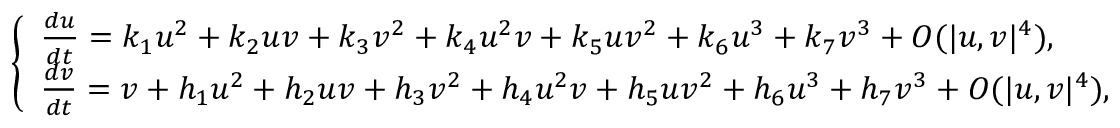
\left\{ \begin{array} { l l } { \frac { d u } { d t } = k _ { 1 } u ^ { 2 } + k _ { 2 } u v + k _ { 3 } v ^ { 2 } + k _ { 4 } u ^ { 2 } v + k _ { 5 } u v ^ { 2 } + k _ { 6 } u ^ { 3 } + k _ { 7 } v ^ { 3 } + O ( { | u , v | ^ { 4 } } ) , } \\ { \frac { d v } { d t } = v + h _ { 1 } u ^ { 2 } + h _ { 2 } u v + h _ { 3 } v ^ { 2 } + h _ { 4 } u ^ { 2 } v + h _ { 5 } u v ^ { 2 } + h _ { 6 } u ^ { 3 } + h _ { 7 } v ^ { 3 } + O ( { | u , v | ^ { 4 } } ) , } \end{array} \right.